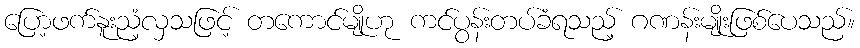
ပြော့ဖက်နူးညံ့လှသဖြင့် တကောင်မျိုဟု ကင်ပွန်းတပ်ခံရသည့် ဂဏန်းမျိုးဖြစ်ပေသည်။